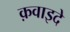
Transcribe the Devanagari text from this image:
क़वाइदे